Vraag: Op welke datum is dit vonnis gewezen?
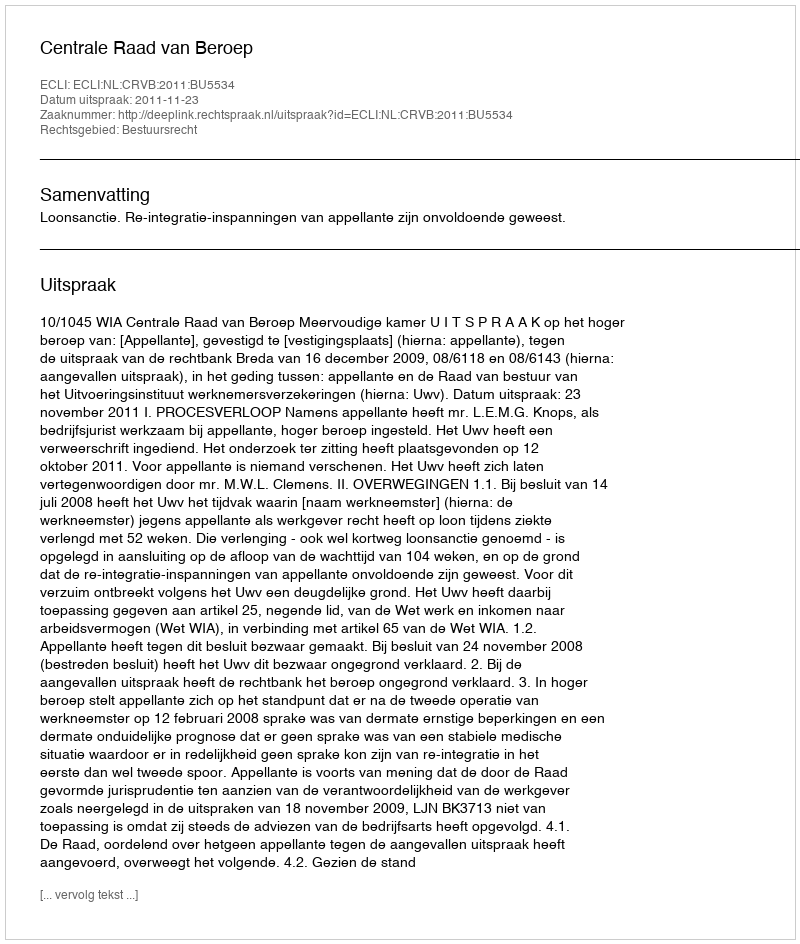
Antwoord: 2011-11-23